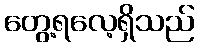
တွေ့ရလေ့ရှိသည်